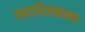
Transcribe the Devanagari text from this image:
महातिलकभव